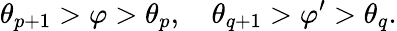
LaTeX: \theta_{p+1}>\varphi>\theta_{p},\quad\theta_{q+1}>\varphi^{\prime}>\theta_{q}.